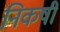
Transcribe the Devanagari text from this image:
निकषीं